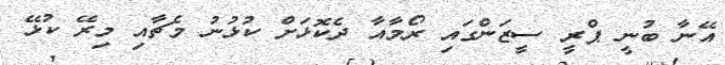
އޭނާ ބުނީ ޕްރީ ސީޒަންގައި ރޯމާއާ ދެކޮޅަށް ކުޅުނު މެޗާއި މިރޭ ކުޅޭ